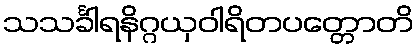
သသင်္ခါရနိဂ္ဂယှဝါရိတပတ္တောတိ